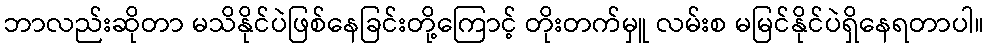
ဘာလည်းဆိုတာ မသိနိုင်ပဲဖြစ်နေခြင်းတို့ကြောင့် တိုးတက်မှူ လမ်းစ မမြင်နိုင်ပဲရှိနေရတာပါ။